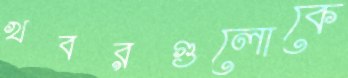
খবরগুলোকে